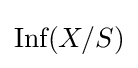
{\text{Inf}}(X/S)